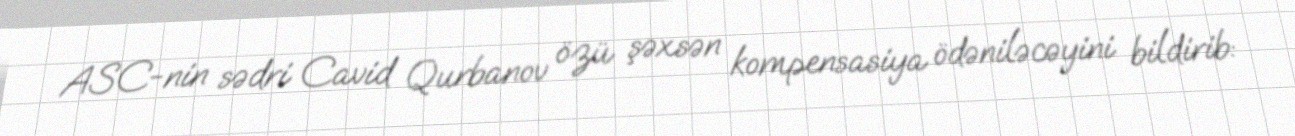
ASC-nin sədri Cavid Qurbanov özü şəxsən kompensasiya ödəniləcəyini bildirib: